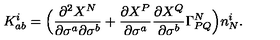
K _ { a b } ^ { i } = \Bigl ( \frac { \partial ^ { 2 } X ^ { N } } { \partial \sigma ^ { a } \partial \sigma ^ { b } } + \frac { \partial X ^ { P } } { \partial \sigma ^ { a } } \frac { \partial X ^ { Q } } { \partial \sigma ^ { b } } \Gamma _ { P Q } ^ { N } \Bigr ) n _ { N } ^ { i } .